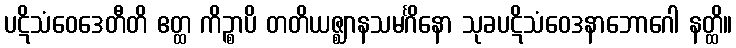
ပဋိသံဝေဒေတီတိ ဧတ္ထ ကိဉ္စာပိ တတိယဇ္ဈာနသမင်္ဂိနော သုခပဋိသံဝေဒနာဘောဂေါ နတ္ထိ။